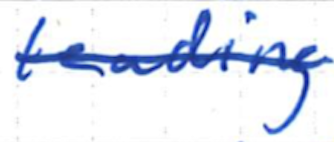
Text: leading
Cross-out: single-line
Writing tool: ballpoint